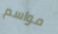
مواسم